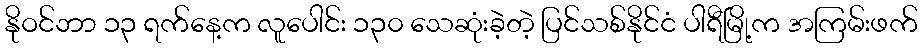
နိုဝင်ဘာ ၁၃ ရက်နေ့က လူပေါင်း ၁၃၀ သေဆုံးခဲ့တဲ့ ပြင်သစ်နိုင်ငံ ပါရီမြို့က အကြမ်းဖက်